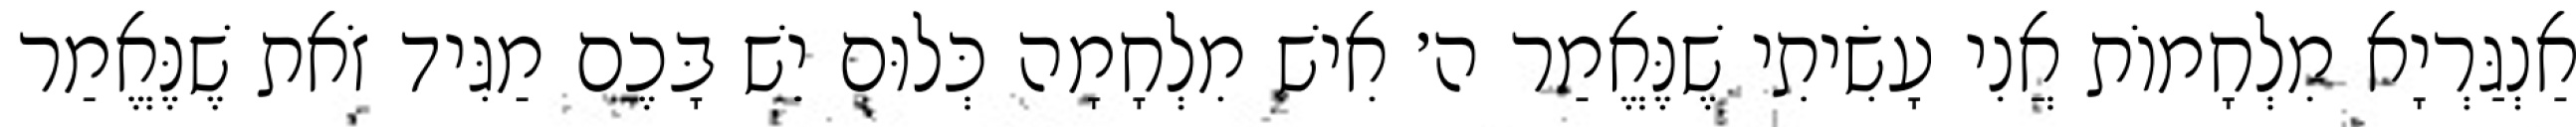
אַנְגַּרְיָא מִלְחָמוֹת אֲנִי עָשִׂיתִי שֶׁנֶּאֱמַר ה׳ אִישׁ מִלְחָמָה כְּלוּם יֵשׁ בָּכֶם מַגִּיד זֹאת שֶׁנֶּאֱמַר